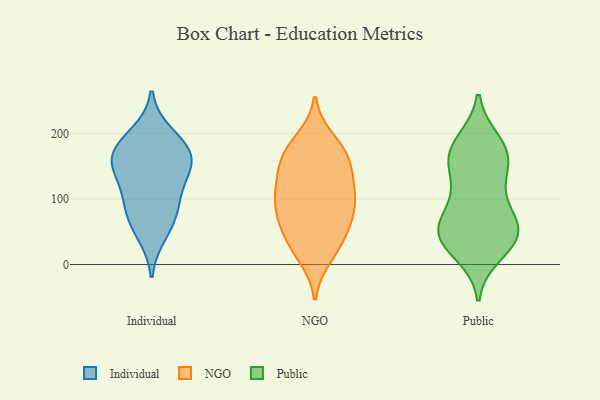
{"axis": {"x": "Conversion Rate (%)", "y": "Value"}, "legend": ["Individual", "NGO", "Public"], "data": [{"x": "", "y": 127, "type": "Individual"}, {"x": "", "y": 162, "type": "Individual"}, {"x": "", "y": 105, "type": "Individual"}, {"x": "", "y": 169, "type": "Individual"}, {"x": "", "y": 199, "type": "Individual"}, {"x": "", "y": 76, "type": "Individual"}, {"x": "", "y": 181, "type": "Individual"}, {"x": "", "y": 161, "type": "Individual"}, {"x": "", "y": 46, "type": "Individual"}, {"x": "", "y": 145, "type": "Individual"}, {"x": "", "y": 78, "type": "Individual"}, {"x": "", "y": 168, "type": "NGO"}, {"x": "", "y": 159, "type": "NGO"}, {"x": "", "y": 49, "type": "NGO"}, {"x": "", "y": 128, "type": "NGO"}, {"x": "", "y": 78, "type": "NGO"}, {"x": "", "y": 38, "type": "NGO"}, {"x": "", "y": 125, "type": "NGO"}, {"x": "", "y": 161, "type": "NGO"}, {"x": "", "y": 72, "type": "NGO"}, {"x": "", "y": 95, "type": "NGO"}, {"x": "", "y": 174, "type": "NGO"}, {"x": "", "y": 110, "type": "NGO"}, {"x": "", "y": 24, "type": "NGO"}, {"x": "", "y": 189, "type": "NGO"}, {"x": "", "y": 76, "type": "NGO"}, {"x": "", "y": 13, "type": "NGO"}, {"x": "", "y": 108, "type": "NGO"}, {"x": "", "y": 153, "type": "Public"}, {"x": "", "y": 180, "type": "Public"}, {"x": "", "y": 57, "type": "Public"}, {"x": "", "y": 80, "type": "Public"}, {"x": "", "y": 156, "type": "Public"}, {"x": "", "y": 102, "type": "Public"}, {"x": "", "y": 46, "type": "Public"}, {"x": "", "y": 17, "type": "Public"}, {"x": "", "y": 187, "type": "Public"}, {"x": "", "y": 43, "type": "Public"}, {"x": "", "y": 58, "type": "Public"}, {"x": "", "y": 44, "type": "Public"}, {"x": "", "y": 174, "type": "Public"}, {"x": "", "y": 30, "type": "Public"}, {"x": "", "y": 121, "type": "Public"}, {"x": "", "y": 161, "type": "Public"}, {"x": "", "y": 51, "type": "Public"}]}